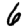
Digit: 6